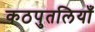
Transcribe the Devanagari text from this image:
कठपुतलियाँ